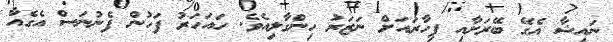
ނައިޝާ އެގޭ ބޭރަށާއި ފިހާާރައަށް ނަޒަރު ހިންގާލިއެވެ. ހައަހަރު ފަހުން ފެނުނަސް އެގެއާ